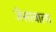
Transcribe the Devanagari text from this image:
जेसावाला